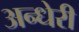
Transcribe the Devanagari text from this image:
अन्धेरी